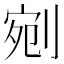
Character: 剜